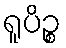
ရူပိဉ္စ